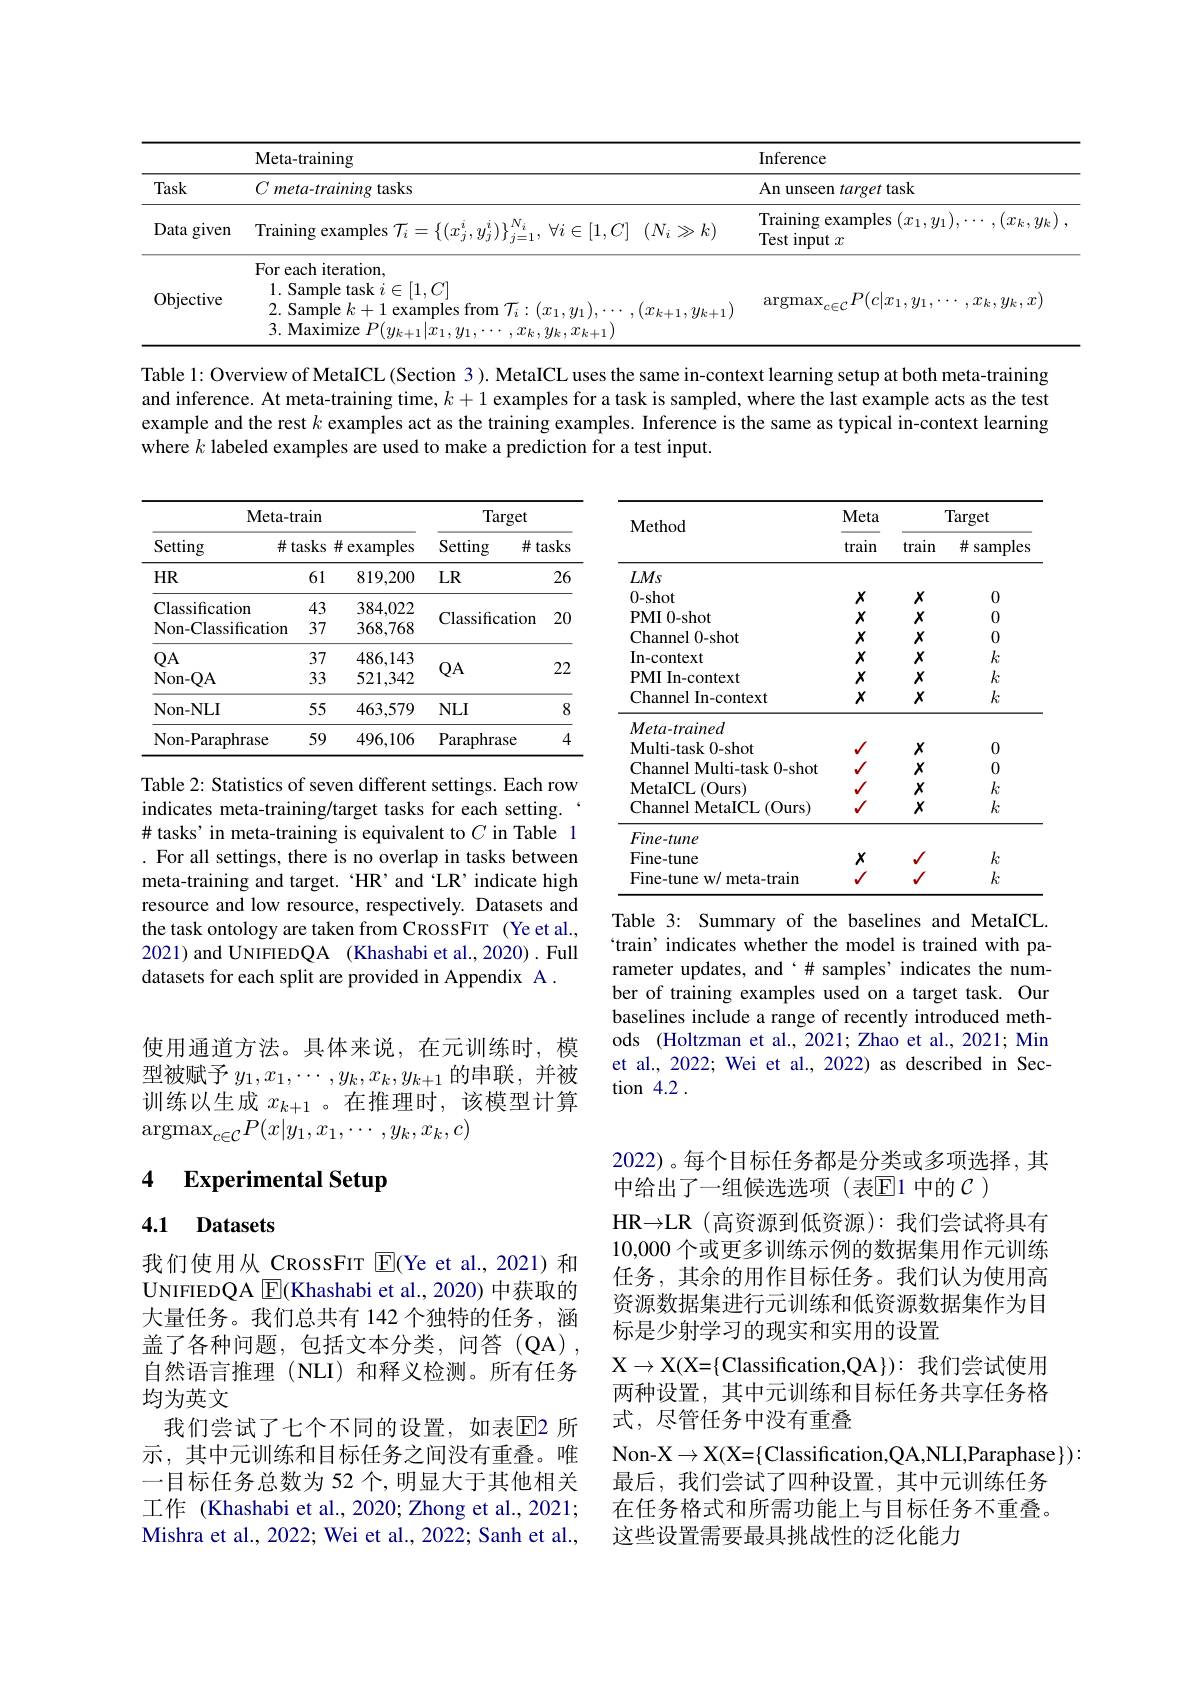
<table>
	<tbody>
		<tr>
			<th> </th>
			<th>Meta-training</th>
			<th>Inference</th>
		</tr>
		<tr>
			<td>Task</td>
			<td>$C\textit{meta- training tasks}$</td>
			<td>An unseen target task</td>
		</tr>
		<tr>
			<td>Data given</td>
			<td>Training examples $\mathcal{T} _i= \left \{ ( x_j^i, y_j^i) \right \} _{j= 1}^{N_i}, \forall i\in [ 1, C]$ $( N_i\gg k)$</td>
			<td>Training examples $(x_1,y_1),\cdots,(x_k,y_k$ Test input $x$</td>
		</tr>
		<tr>
			<td>Data given</td>
			<td>Training examples $\mathcal{T} _i= \{ ( x_j^i, y_j^i) \} _{j= 1}^{N_i}$, $\forall i\in [ 1, C]$ $( N_i\gg k)$</td>
			<td>Training examples $(x_1,y_1),\cdots,(x_k,y_k$ Test input $x$</td>
		</tr>
		<tr>
			<td>Objective</td>
			<td>For each iteration, 2. Sample $k+1$ examples from $\mathcal{T}_i:(x_1,y_1),\cdots,(x_{k+1},y_{k+1})$ 1. Sample task $i\in[1,C]$ 3. Maximize $P(y_k+1|x_1,y_1,\cdots,x_k,y_k,x_{k+1})$</td>
			<td>$\operatorname{argmax}_{c\in\mathcal{C}}P(c|x_{1},y_{1},\cdots,x_{k},y_{k},x)$</td>
		</tr>
	</tbody>
</table>
Table 1: Overview of MetaICL (Section 3). MetaICL uses the same in-context learning setup at both meta-training

and inference. At meta-training time, $k+1$ examples for a task is sampled, where the last example acts as the test example and the rest $k$ examples act as the training examples. Inference is the same as typical in-context learning where $\hat{k}$ labeled examples are used to make a prediction for a test input.

<table>
	<tbody>
		<tr>
			<th colspan="3">Meta- train</th>
			<th colspan="2">Target</th>
		</tr>
		<tr>
			<th rowspan="1">Meta-tr Setting $\#$t</th>
			<th>tasks</th>
			<th>examples</th>
			<th>${\mathrm{Setting}}$ 井</th>
			<th>asks</th>
		</tr>
		<tr>
			<td>$HR$</td>
			<td>61</td>
			<td>819,200</td>
			<td>$LR$</td>
			<td>26</td>
		</tr>
		<tr>
			<td>Classification</td>
			<td>43</td>
			<td>384,022</td>
			<td> </td>
			<td> </td>
		</tr>
		<tr>
			<td>Non-Classification</td>
			<td>37</td>
			<td>368,768</td>
			<td>Lassilleduon</td>
			<td>$\angle$ T 1</td>
		</tr>
		<tr>
			<td>$QA$</td>
			<td>37</td>
			<td>486,143</td>
			<td> </td>
			<td> </td>
		</tr>
		<tr>
			<td>Non- QA</td>
			<td>33</td>
			<td>521,342</td>
			<td>$JA$</td>
			<td>$\angle L_{4}$</td>
		</tr>
		<tr>
			<td>Non-NLI</td>
			<td>55</td>
			<td>463,579</td>
			<td>$\mathsf{VLI}$</td>
			<td>8</td>
		</tr>
		<tr>
			<td>Non-Paraphrase</td>
			<td>59</td>
			<td>496,106</td>
			<td>${\mathrm{araphrase}}$</td>
			<td>4</td>
		</tr>
	</tbody>
</table>

<table>
	<tbody>
		<tr>
			<th rowspan="2">Method</th>
			<th rowspan="2">Meta train</th>
			<th colspan="2">Target</th>
		</tr>
		<tr>
			<th>train</th>
			<th>井 samples</th>
		</tr>
		<tr>
			<td>LMs</td>
			<td> </td>
			<td> </td>
			<td> </td>
		</tr>
		<tr>
			<td>0- shot</td>
			<td>$X$</td>
			<td>$x$</td>
			<td>0</td>
		</tr>
		<tr>
			<td>PMI 0-shot</td>
			<td>$X$</td>
			<td>$x$</td>
			<td>0</td>
		</tr>
		<tr>
			<td>Channel 0-shot</td>
			<td>$X$</td>
			<td>$x$</td>
			<td>0</td>
		</tr>
		<tr>
			<td>In-context</td>
			<td>$X$</td>
			<td>$x$</td>
			<td>$k$</td>
		</tr>
		<tr>
			<td>PMI In-context</td>
			<td>$X$</td>
			<td>$x$</td>
			<td>$k$</td>
		</tr>
		<tr>
			<td>Channel In-context</td>
			<td>$X$</td>
			<td>$X$</td>
			<td>$k$</td>
		</tr>
		<tr>
			<td>$Meta-trained$</td>
			<td> </td>
			<td> </td>
			<td> </td>
		</tr>
		<tr>
			<td>Multi- task 0- shot</td>
			<td>$√$</td>
			<td>$X$</td>
			<td>0</td>
		</tr>
		<tr>
			<td>Channel Multi-task 0-shot</td>
			<td>$√$</td>
			<td>$X$</td>
			<td>0</td>
		</tr>
		<tr>
			<td>MetaICL$\left ( \mathrm{Ours}\right )$</td>
			<td>$√$</td>
			<td>$X$</td>
			<td>$k$</td>
		</tr>
		<tr>
			<td>Channel MetaICL (Ours)</td>
			<td>$√$</td>
			<td>$X$</td>
			<td>$k$</td>
		</tr>
		<tr>
			<td>$Fine-tune$</td>
			<td> </td>
			<td> </td>
			<td> </td>
		</tr>
		<tr>
			<td>Fine-tune</td>
			<td>$X$</td>
			<td>$√$</td>
			<td>$k$</td>
		</tr>
		<tr>
			<td>Fine-tune w/ meta-train</td>
			<td>$√$</td>
			<td>$\sqrt{1}$</td>
			<td>$k$</td>
		</tr>
	</tbody>
</table>

Table 2: Statistics of seven different settings. Each row indicates meta-training/target tasks for each setting. #tasks'in meta-training is equivalent to $C$ in Table 1 . For all settings, there is no overlap in tasks between meta-training and target.‘HR’and‘LR’indicate high resource and low resource, respectively. Datasets and the task ontology are taken from CROSSFIT (Ye et al., 2021) and UNIFIEDQA (Khashabi et al., 2020) . Full datasets for each split are provided in Appendix A .

Table 3: Summary of the baselines and MetaICL `train' indicates whether the model is trained with parameter updates, and‘# samples’indicates the number of training examples used on a target task. Our baselines include a range of recently introduced methods (Holtzman et al., 2021; Zhao et al., 2021; Min et al., 2022; Wei et al., 2022) as described in Section 4.2

使用通道方法。具体来说，在元训练时，模型被赋予$y_1,x_1,\cdots,y_k,x_k,y_{k+1}$的串联，并被训练以生成$x_k+1$。在推理时，该模型计算$\operatorname{argmax}_{c\in\mathcal{C}}P(x|y_1,x_1,\cdots,y_k,x_k,c)$

### 4 $\textbf{Experimental Setup}$

## 4.1 Datasets

2022)。每个目标任务都是分类或多项选择，其
中给出了一组候选选项(表$\mathbb{E}$1 中的$\mathcal{C}$ )
HR$\to$LR (高资源到低资源):我们尝试将具有10,000个或更多训练示例的数据集用作元训练任务，其余的用作目标任务。我们认为使用高资源数据集进行元训练和低资源数据集作为目标是少射学习的现实和实用的设置
$\mathcal{X}\to\mathcal{X}(\mathcal{X}=\{$Classification,QA$\}):$我们尝试使用两种设置，其中元训练和目标任务共享任务格式，尽管任务中没有重叠
Non- X$\to$X( X= $\{$Classification, QA, NLI, Paraphase$\}) :$
最后，我们尝试了四种设置，其中元训练任务在任务格式和所需功能上与目标任务不重叠。这些设置需要最具挑战性的泛化能力

我们使用从 CRossFIT E(Ye et al.,2021)和UNIFIEDQA $\boxed{\mathrm{E}}$(Khashabi et al., 2020) 中获取的大量任务。我们总共有 142 个独特的任务，涵盖了各种问题，包括文本分类，问答(QA), 自然语言推理(NLI)和释义检测。所有任务均为英文
我们尝试了七个不同的设置，如表$\overline{\mathbb{E}}$2 所示，其中元训练和目标任务之间没有重叠。唯一目标任务总数为 52 个，明显大于其他相关工作 (Khashabi et al., 2020; Zhong et al., 2021; Mishra et al., 2022; Wei et al., 2022; Sanh et al.,